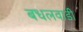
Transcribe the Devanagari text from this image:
बधलवाडी